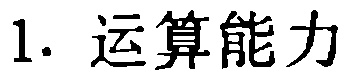
1. 运算能力